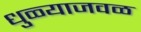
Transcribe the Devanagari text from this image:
धुळ्याजवळ